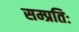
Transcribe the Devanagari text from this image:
सम्प्रतिः